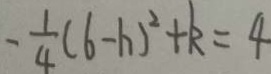
- \frac { 1 } { 4 } ( 6 - h ) ^ { 2 } + k = 4